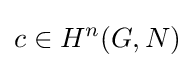
c\in H^{n}(G,N)